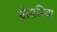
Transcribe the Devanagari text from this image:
बोसनिया